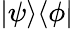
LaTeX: |\psi\rangle\langle\phi|